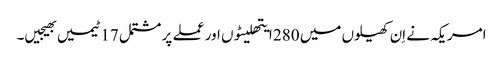
امریکہ نے اِن کھیلوں میں 280 ایتھلیٹوں اور عملے پر مشتمل 17 ٹیمیں بھیجیں۔